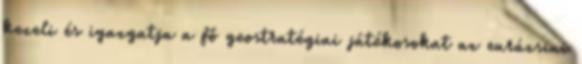
kezeli és igazgatja a fő geostratégiai játékosokat az eurázsiai